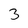
Character: 3